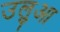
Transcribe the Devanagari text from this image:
उलुआ